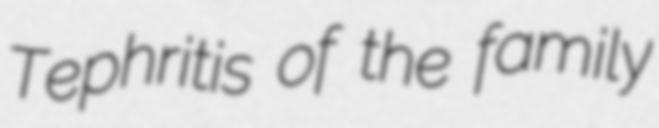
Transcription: Tephritis of the family